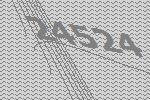
24524